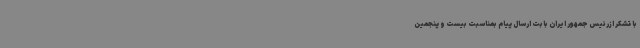
با تشکر ازرئیس جمهور ایران بابت ارسال پیام بمناسبت بیست و پنجمین